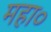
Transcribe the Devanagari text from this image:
महा०